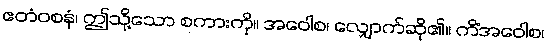
ဧတံဝစနံ၊ ဤသို့သော စကားကို။ အဝေါစ၊ လျှောက်ဆို၏။ ကိံအဝေါစ၊